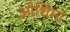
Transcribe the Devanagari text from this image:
ओशिमा